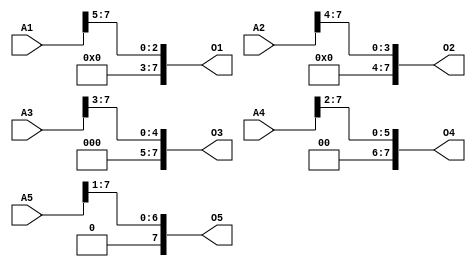
module shift(A1, A2, A3, A4, A5, O1, O2, O3 , O4, O5);
	input [7:0] A1, A2, A3, A4, A5;
	output [7:0] O1, O2, O3, O4, O5;

	assign O1 = A1 >> 3'b101;
	assign O2 = A2 >> 3'b100;
	assign O3 = A3 >> 3'b011;
	assign O4 = A4 >> 3'b010;
	assign O5 = A5 >> 3'b001;
endmodule